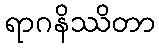
ရာဂနိဿိတာ